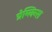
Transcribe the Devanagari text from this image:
ग्रेम्लिन्स